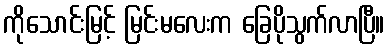
ကိုသောင်းမြင့် မြင်းမလေးက ခြေပိုသွက်လာပြီ။